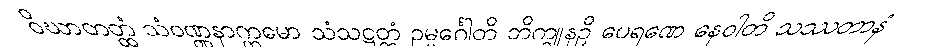
ဝိဃာတတ္ထံ သံဝဏ္ဏနာက္ကမော သံသဋ္ဌတ္တံ ဥမ္မင်္ဂေါတိ ဘိက္ခူနဉှိ ပေရဏေ နေဝါတိ သဿတာနံ